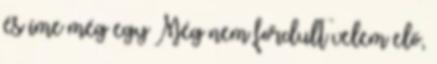
és íme még egy Még nem fordult velem elő,